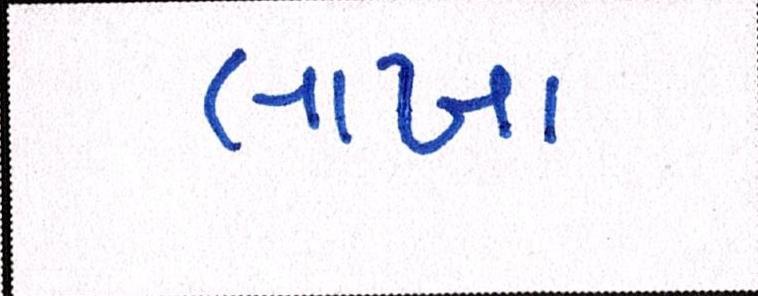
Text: લાખા